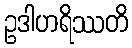
ဥဒါဟရိဿတိ